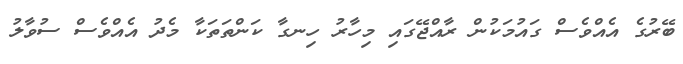
ބޭރުގެ އެއްވެސް ގައުމަކުން ރާއްޖޭގައި މިހާރު ހިނގާ ކަންތަތަކާ މެދު އެއްވެސް ސުވާލު